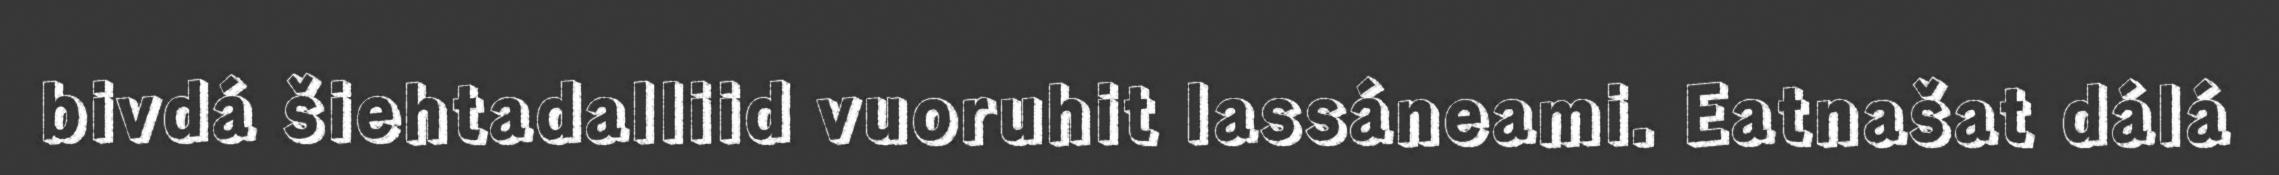
bivdá šiehtadalliid vuoruhit lassáneami. Eatnašat dálá